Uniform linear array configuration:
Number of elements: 12
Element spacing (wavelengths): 0.25
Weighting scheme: exponential
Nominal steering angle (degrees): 0
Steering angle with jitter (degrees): -1.283
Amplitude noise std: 0.05
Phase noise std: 0.05

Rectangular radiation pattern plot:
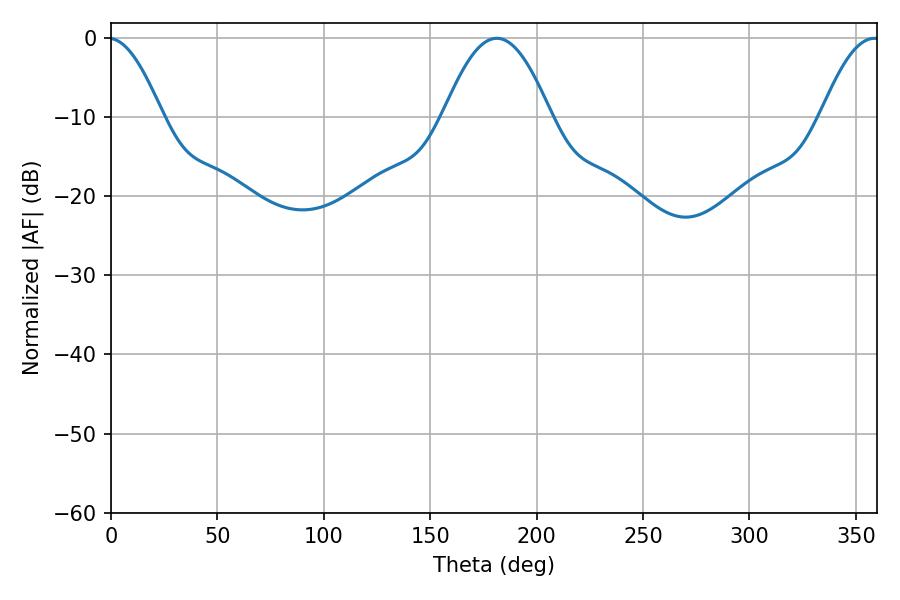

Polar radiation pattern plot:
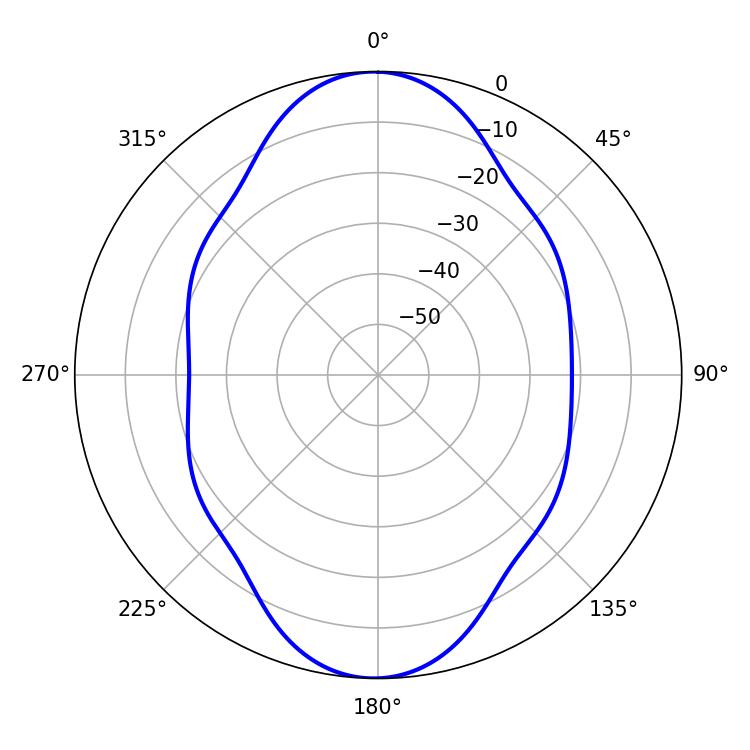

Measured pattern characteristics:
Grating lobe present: FALSE
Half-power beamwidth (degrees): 27.36
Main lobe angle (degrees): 181.26